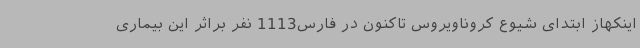
اینکهاز ابتدای شیوع کروناویروس تاکنون در فارس1113 نفر براثر این بیماری